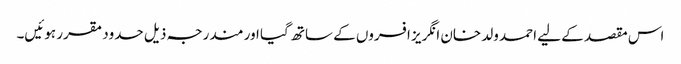
اس مقصد کے لیے احمد ولد خان انگریز افسروں کے ساتھ گیا اور مندرجہ ذیل حدود مقرر ہوئیں۔